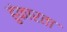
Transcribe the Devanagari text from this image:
हुंकारता